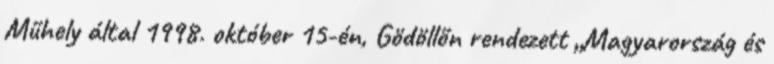
Műhely által 1998. október 15-én, Gödöllőn rendezett „Magyarország és